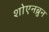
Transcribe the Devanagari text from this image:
शोएनब्रुन